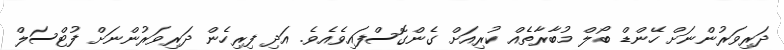
ދަރިވަރުންނަށް ހޭންޑް ބޯލް މުބާރާތެއް ކުރިއަށް ގެންގޮސްފައިވެއެވެ. އަދި ފިރިހެން ދަރިވަރުންނަށް ފުޓްސަލް